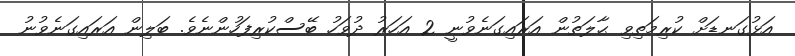
އަޅުގަނޑަށް ކުރިމަތިވި ޙާލަތުން އަރައިގަނެވުނީ 2 އަހަރު ދުވަހު ބޭސްކުރިފަހުންނެވެ. ބަލިން އަރައިގަނެވުނު